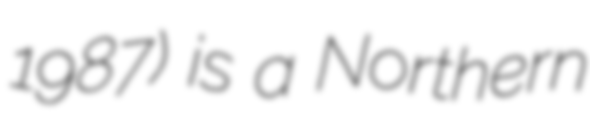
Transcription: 1987) is a Northern